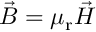
{ \vec { B } } = \mu _ { \mathrm { r } } { \vec { H } }